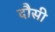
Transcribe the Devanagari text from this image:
दौसी